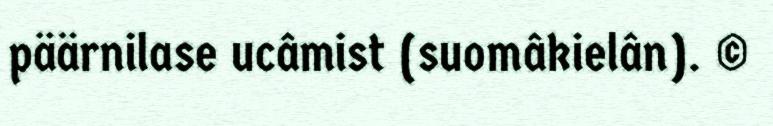
päärnilase ucâmist (suomâkielân). ©